Punjab Mental Hospital Lahore 1932-46 - 1932-1946
Year: 1932
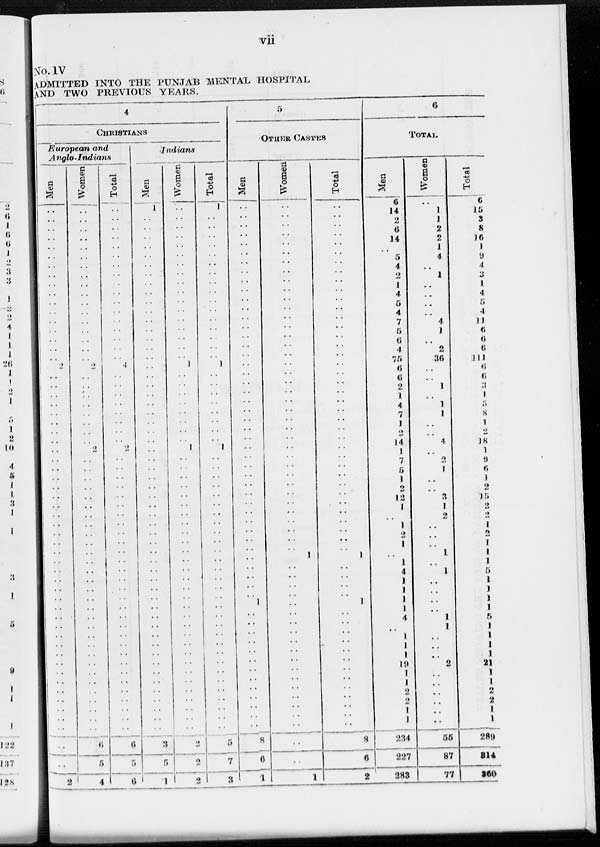
vii
No. IV
ADMITTED INTO THE PUNJAB MENTAL HOSPITAL
AND TWO PREVIOUS YEARS.
4
CHRISTIANS
European and
Anglo-Indians
Men
..
..
..
..
..
..
..
..
..
..
..
..
..
..
..
..
..
2
..
..
..
..
..
..
..
..
..
..
..
..
..
..
..
..
..
..
..
..
..
..
..
..
..
..
..
..
..
..
..
..
..
..
..
..
..
..
..
..
..
2
Women
..
..
..
..
..
..
..
..
..
..
..
..
..
..
..
..
..
2
..
..
..
..
..
..
..
..
2
..
..
..
..
..
..
..
..
..
..
..
..
..
..
..
..
..
..
..
..
..
..
..
..
..
..
..
..
..
..
6
5
4
Total
..
..
..
..
..
..
..
..
..
..
..
..
..
..
..
..
..
4
..
..
..
..
..
..
..
..
2
..
..
..
..
..
..
..
..
..
..
..
..
..
..
..
..
..
..
..
..
..
..
..
..
..
..
..
..
..
..
6
5
6
Indians
Men
1
..
..
..
..
..
..
..
..
..
..
..
..
..
..
..
..
..
..
..
..
..
..
..
..
..
..
..
..
..
..
..
..
..
..
..
..
..
..
..
..
..
..
..
..
..
..
..
..
..
..
..
..
..
..
..
..
3
5
1
Women
..
..
..
..
..
..
..
..
..
..
..
..
..
..
..
..
..
1
..
..
..
..
..
..
..
..
1
..
..
..
..
..
..
..
..
..
..
..
..
..
..
..
..
..
..
..
..
..
..
..
..
..
..
..
..
..
..
2
2
2
Total
1
..
..
..
..
..
..
..
..
..
..
..
..
..
..
..
..
1
..
..
..
..
..
..
..
..
1
..
..
..
..
..
..
..
..
..
..
..
..
..
..
..
..
..
..
..
..
..
..
..
..
..
..
..
..
..
..
5
7
3
5
OTHER CASTES
Men
..
..
..
..
..
..
..
..
..
..
..
..
..
..
..
..
..
..
..
..
..
..
..
..
..
..
..
..
..
..
..
..
..
..
..
..
..
..
..
..
..
..
..
1
..
..
..
..
..
..
..
..
..
..
..
..
..
8
6
4
Women
..
..
..
..
..
..
..
..
..
..
..
..
..
..
..
..
..
..
..
..
..
..
..
..
..
..
..
..
..
..
..
..
..
..
..
..
..
..
1
..
..
..
..
..
..
..
..
..
..
..
..
..
..
..
..
..
..
..
..
1
Total
..
..
..
..
..
..
..
..
..
..
..
..
..
..
..
..
..
..
..
..
..
..
..
..
..
..
..
..
..
..
..
..
..
..
..
..
..
..
1
..
..
..
..
1
..
..
..
..
..
..
..
..
..
..
..
..
..
8
6
2
6
TOTAL
Men
6
14
2
6
14
..
5
4
2
1
4
5
4
7
5
6
4
75
6
6
2
1
4
7
1
2
14
1
7
5
1
2
12
1
..
1
2
1
..
1
4
1
1
1
1
4
..
1
1
1
19
1
1
2
2
1
1
234
227
283
Women
..
1
1
2
2
1
4
..
1
..
..
..
..
4
1
..
2
36
..
..
1
..
1
1
..
..
4
..
2
1
..
..
3
1
2
..
..
..
1
..
1
..
..
..
..
1
1
..
..
..
2
..
..
..
..
..
..
55
87
77
Total
6
15
3
8
16
1
9
4
3
1
4
5
4
11
6
6
6
111
6
6
3
1
5
8
1
2
18
1
9
6
1
2
15
2
2
1
2
1
1
1
5
1
1
1
1
5
1
1
1
1
21
1
1
2
2
1
1
289
314
360